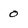
Character: 0